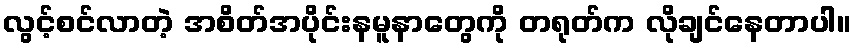
လွင့်စင်လာတဲ့ အစိတ်အပိုင်းနမူနာတွေကို တရုတ်က လိုချင်နေတာပါ။